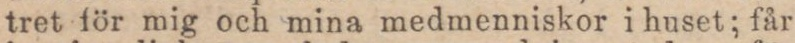
tret för mig och mina medmenniskor i huset; får